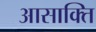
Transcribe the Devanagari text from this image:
आसाक्ति